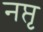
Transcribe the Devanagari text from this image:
नप्तृ